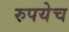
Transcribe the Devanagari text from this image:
रुपयेच